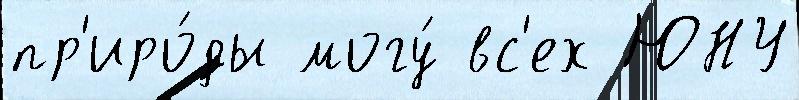
пр'иро́ды могу́ вс'ех ЮНУ